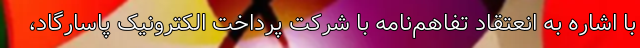
با اشاره به انعتقاد تفاهم‌نامه با شرکت پرداخت الکترونیک پاسارگاد،